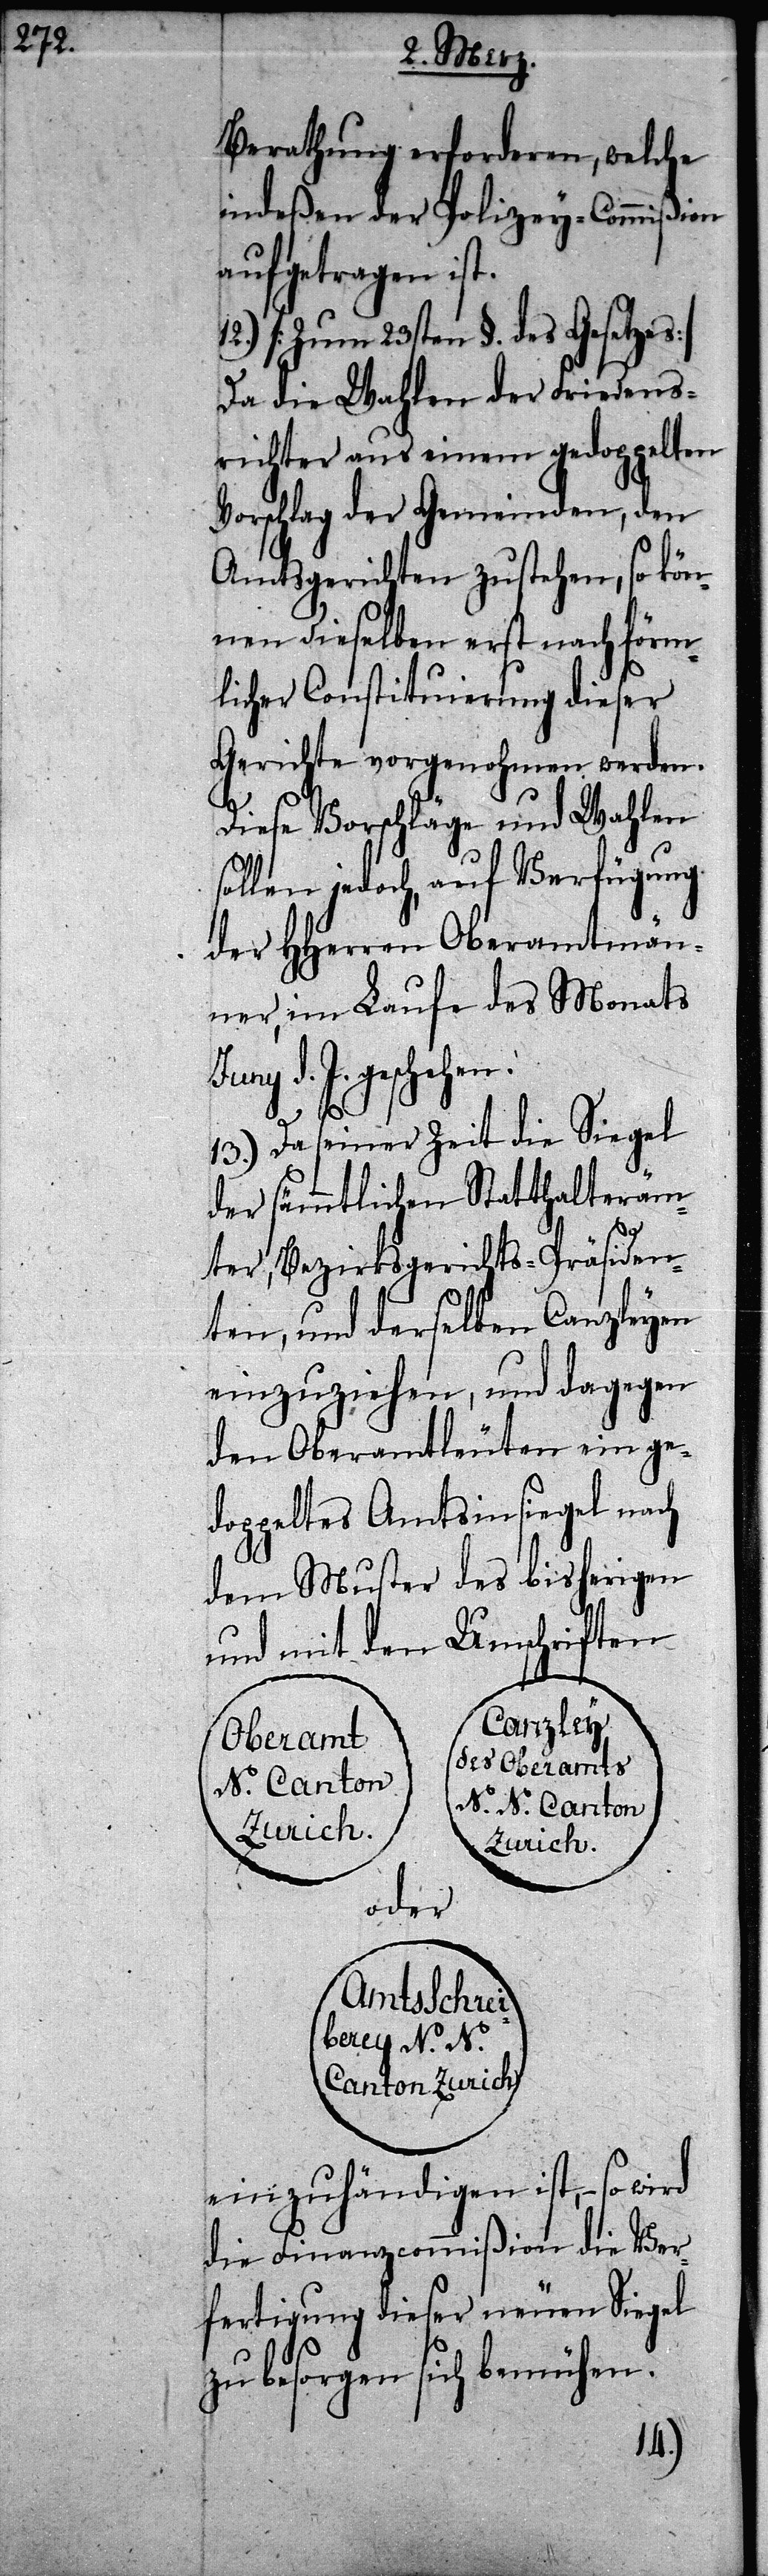
Berathung erforderen, welche
indeßen der Polizey-Commißion
aufgetragen ist.
12.) [Zum 23sten §. des Gesetzes]
Da die Wahlen der Friedens¬
richter aus einem gedoppelten
Vorschlag der Gemeinden, den
Amtsgerichten zustehen, so kön¬
nen dieselben erst nach förm¬
licher Constituierung dieser
Gerichte vorgenohmen werden.
Diese Vorschläge und Wahlen
sollen jedoch, auf Verfügung
der HHerren Oberamtmän¬
ner, im Laufe des Monats
d. J. geschehen.
13.) Da seiner Zeit die Siegel
der sämmtlichen Statthalteräm¬
ter, Bezirksgerichts-Präsiden¬
ten, und derselben Canzleyen
einzuziehen, und dagegen
den Oberamtleuten ein ge¬
doppeltes Amtsinsiegel nach
dem Muster des bisherigen
und mit den Umschriften
Canzley
Oberamt
des Oberamts
N. Canton
N. N. Canton
chreiberey
oder
Amtss¬
Canton Zurich
einzuhändigen ist, – so wird
die Finanzcommißion die Ver¬
fertigung dieser neuen Siegel
zu besorgen sich bemühen.